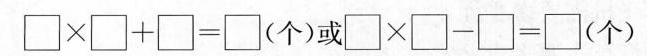
$$\Box \times \Box + \Box = \Box $$(个)或$$\Box \times \Box - \Box = \Box$$ (个)